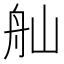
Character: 舢